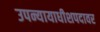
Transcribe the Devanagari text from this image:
उपन्यायाधीशपदावर